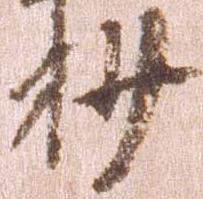
抄